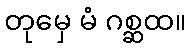
တုမှေ မံ ဂစ္ဆထ။